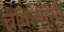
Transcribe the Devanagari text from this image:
ब्रैकियांसी